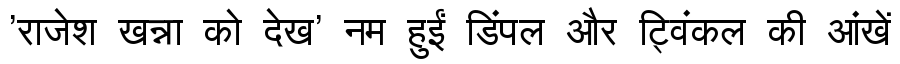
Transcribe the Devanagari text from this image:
'राजेश खन्ना को देख' नम हुईं डिंपल और ट्विंकल की आंखें